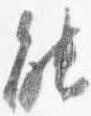
能